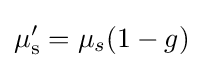
\mu '_{\text{s}}=\mu _{s}(1-g)